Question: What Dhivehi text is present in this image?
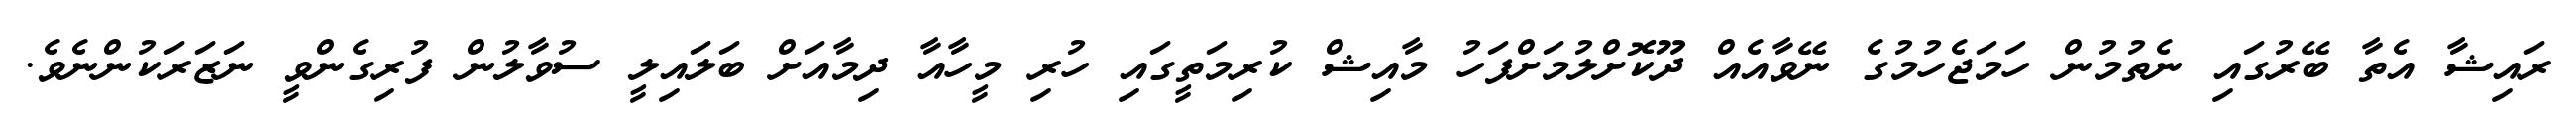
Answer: ރައިޝާ އެތާ ބޭރުގައި ނެތުމުން ހަމަޖެހުމުގެ ނޭވާއެއް ދޫކޮށްލުމަށްފަހު މާއިޝް ކުރިމަތީގައި ހުރި މީހާއާ ދިމާއަށް ބަލައިލީ ސުވާލުން ފުރިގެންވީ ނަޒަރަކުންނެވެ.